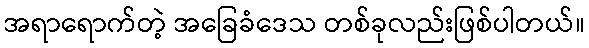
အရာရောက်တဲ့ အခြေခံဒေသ တစ်ခုလည်းဖြစ်ပါတယ်။